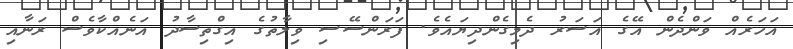
އަހަރެއް ވަންދެން އޭގެ އަސަރު ދެމިގެންދިޔައެވެ. ފަރަންސޭސި ވިލާތުގެ އިގްތިސާދު އަނެއްކާވެސް ރަނާއި